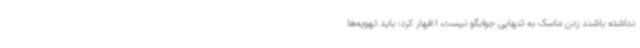
نداشته باشند زدن ماسک به تنهایی جوابگو نیست، اظهار کرد: باید تهویه‌ها